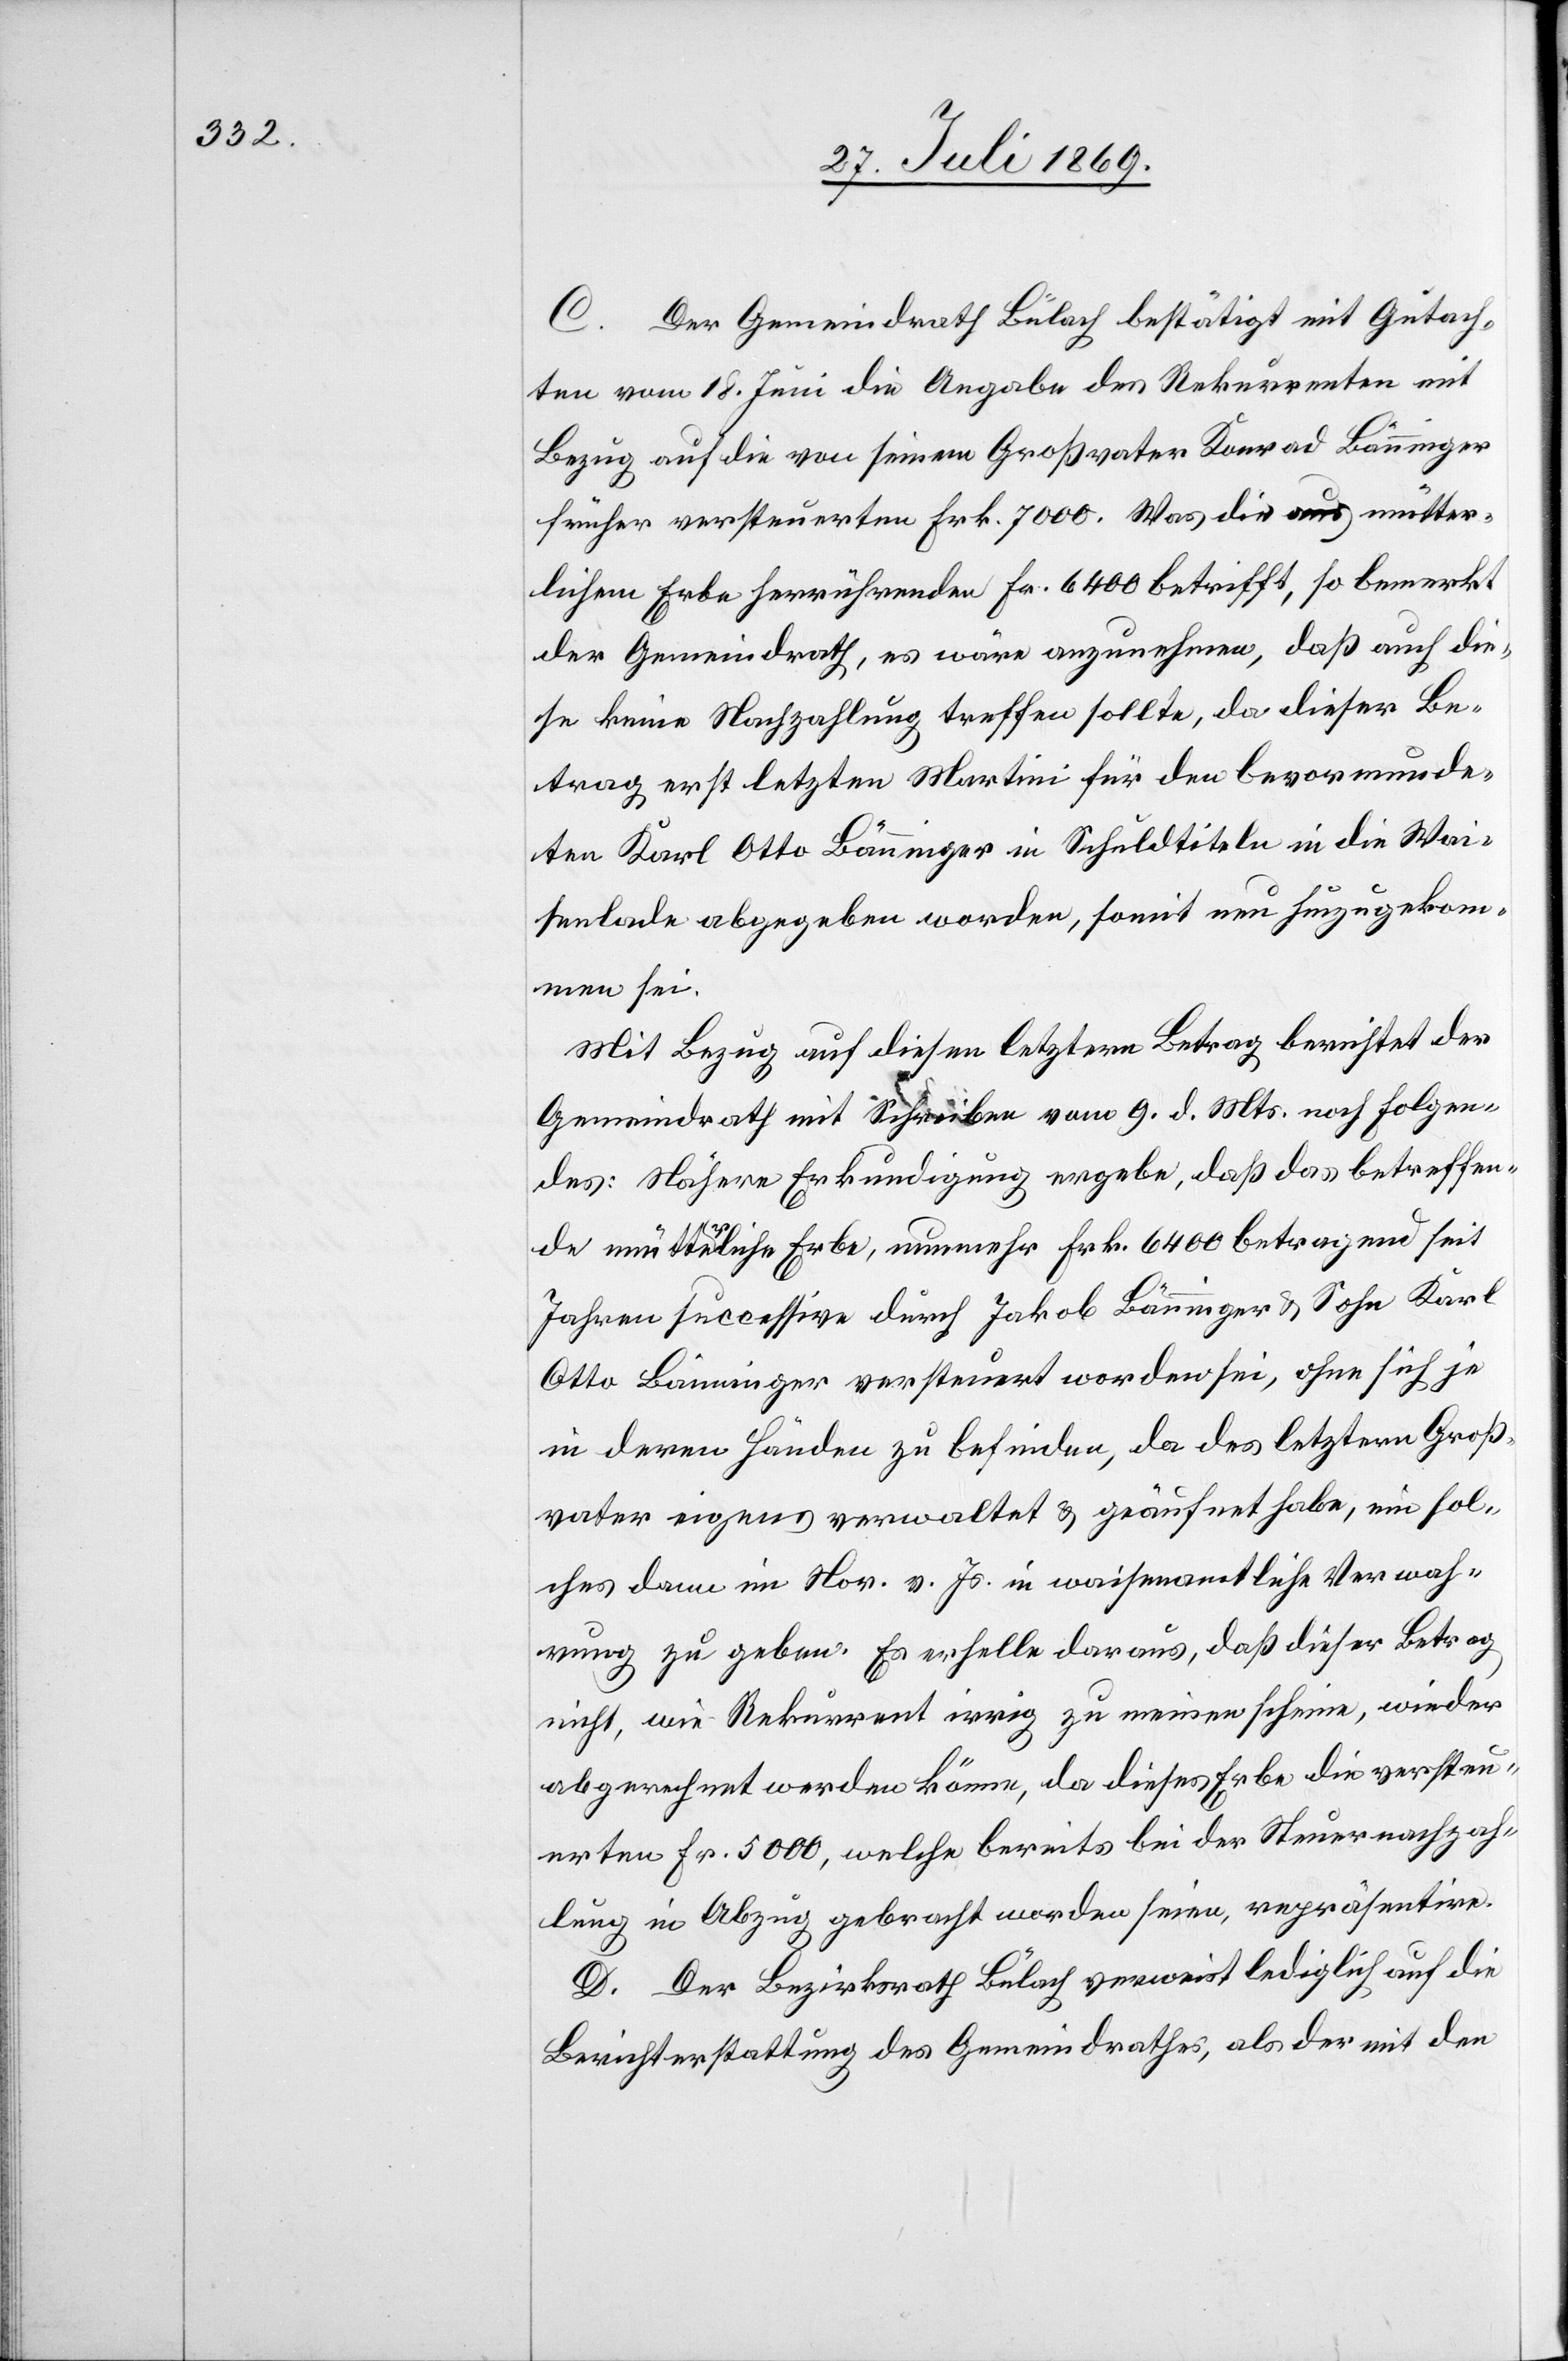
C. Der Gemeindrath Bülach bestätigt mit Gutach¬
ten vom 18. Juni die Angabe des Rekurrenten mit
Bezug auf die von seinem Großvater Konrad Bänninger
früher versteuerten Frk. 7000. Was die aus mütter¬
lichem Erbe herrührenden Fr. 6400 betrifft, so bemerkt
der Gemeindrath, es wäre anzunehmen, daß auch die¬
se keine Nachzahlung treffen sollte, da dieser Be¬
trag erst letzten Martini für den bevormunde¬
ten Karl Otto Bänninger in Schuldtiteln in die Wai¬
senlade abgegeben worden, somit neu hinzugekom¬
men sei.
Mit Bezug auf diesen letztern Betrag berichtet der
Gemeindrath mit Schreiben vom 9 d. Mts. nach Folgen¬
des: Nähere Erkundigung ergebe, daß das betreffen¬
de mütterliche Erbe, nunmehr Frk. 6400 betragend seit
Jahren successive durch Jakob Bänninger u. Sohn Karl
Otto Bänninger versteuert worden sei, ohne sich je
in deren Händen zu befinden, da des letztern Groß¬
vater eigens verwaltet u. geäufnet habe, ein sol¬
ches dann im Nov. v. Js. in waisenamtliche Verwah¬
rung zu geben. Es erhelle daraus, daß dieser Betrag
nicht, wie Rekurrent irrig zu meinen scheine, wieder
abgerechnet werden könne, da dieses Erbe die versteu¬
erten Fr. 5000, welche bereits bei der Steuernachzah¬
lung in Abzug gebracht worden seien, repräsentire.
D. Der Bezirksrath Bülach verweist lediglich auf die
Berichterstattung des Gemeindrathes, als der mit den